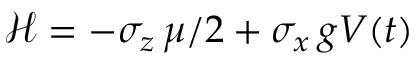
\mathcal { H } = - \sigma _ { z } \, \mu / 2 + \sigma _ { x } \, g V ( t )